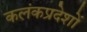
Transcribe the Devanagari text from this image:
कलंकप्रदेशों